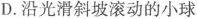
D.沿光滑斜坡滚动的小球